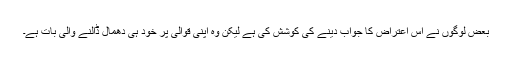
بعض لوگوں نے اس اعتراض کا جواب دینے کی کوشش کی ہے لیکن وہ اپنی قوالی پر خود ہی دھمال ڈالنے والی بات ہے۔